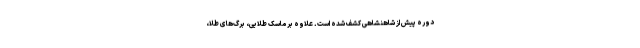
دوره پیش از شاهنشاهی کشف شده است. علاوه بر ماسک طلایی، برگ‌های طلا،